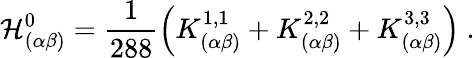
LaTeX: \mathcal{H}_{(\alpha\beta)}^{0}=\frac{1}{288}\left(K_{(\alpha\beta)}^{1,1}+K_{(\alpha\beta)}^{2,2}+K_{(\alpha\beta)}^{3,3}\right)~.